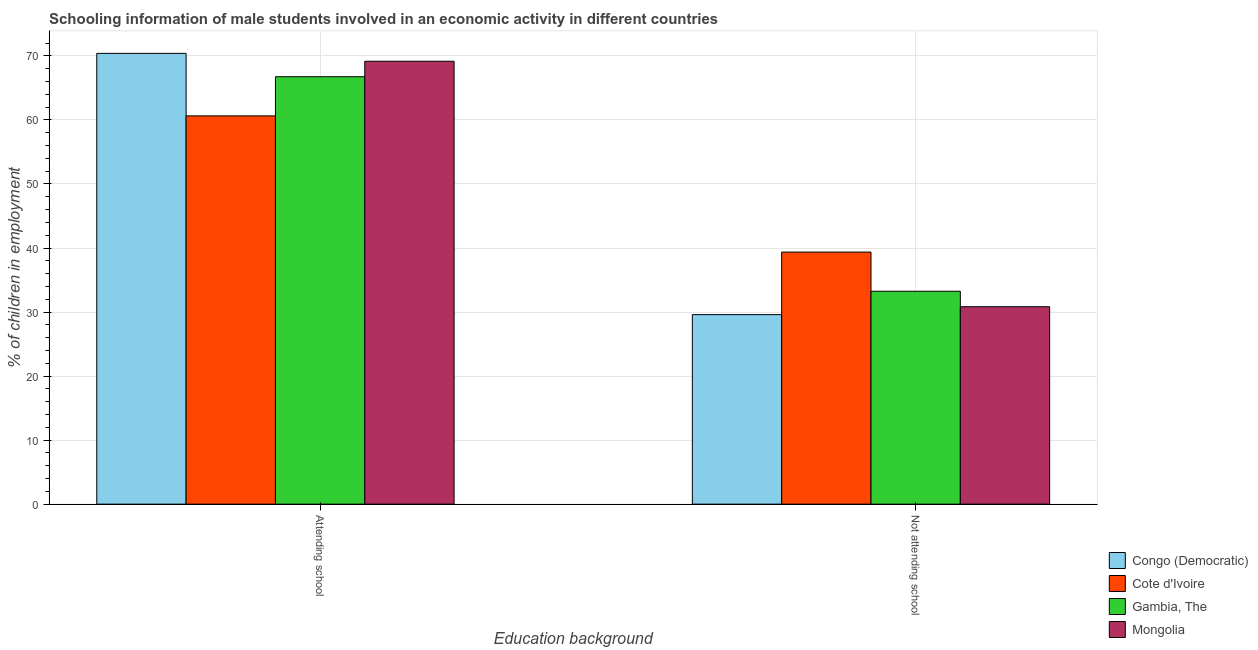
| Education background | Congo (Democratic) | Cote d'Ivoire | Gambia, The | Mongolia |
 | --- | --- | --- | --- | --- |
 | Attending school | 70.4 | 60.6 | 66.8 | 69.2 |
 | Not attending school | 29.6 | 39.4 | 33.2 | 30.8 |